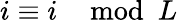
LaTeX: i\equiv i\mod L